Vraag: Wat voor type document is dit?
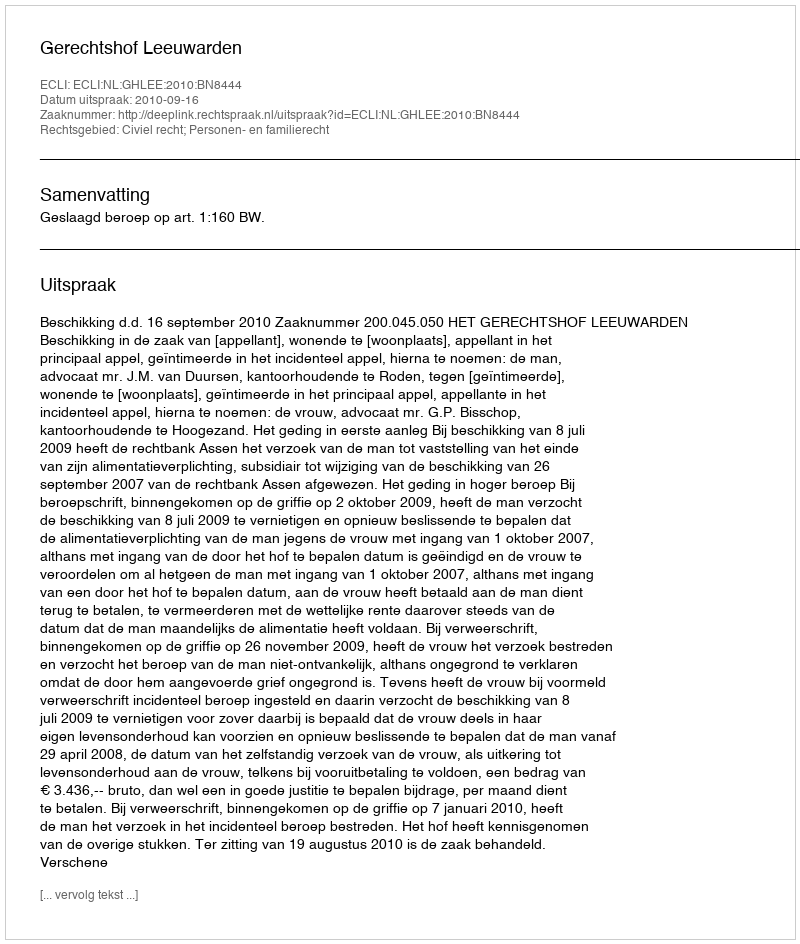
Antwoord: Uitspraak